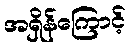
အရှိန်ကြောင့်